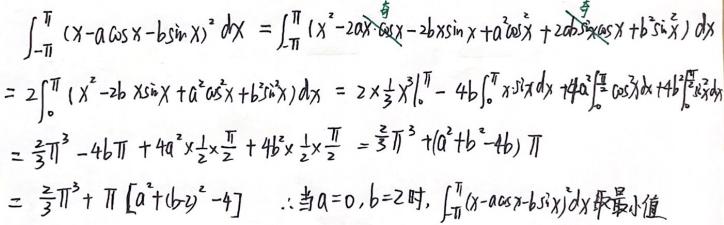
\[
\begin{align*}
&\int_{-\pi}^{\pi}(x - a\cos x - b\sin x)^2dx=\int_{-\pi}^{\pi}(x^2 - 2ax\cos x - 2bx\sin x + a^2\cos^2x + 2ab\cos x\sin x + b^2\sin^2x)dx\\
=&2\int_{0}^{\pi}(x^2 - 2bx\sin x + a^2\cos^2x + b^2\sin^2x)dx=2\times\frac{1}{3}x^3\big|_{0}^{\pi}-4b\int_{0}^{\pi}x\sin xdx + 4a^2\int_{0}^{\frac{\pi}{2}}\cos^2xdx + 4b^2\int_{0}^{\frac{\pi}{2}}\sin^2xdx\\
=&\frac{2}{3}\pi^3-4b\pi + 4a^2\times\frac{1}{2}\times\frac{\pi}{2}+4b^2\times\frac{1}{2}\times\frac{\pi}{2}=\frac{2}{3}\pi^3+(a^2 + b^2 - 4b)\pi\\
=&\frac{2}{3}\pi^3+\pi\left[a^2+(b - 2)^2-4\right]\\
\end{align*}
\]
\(\therefore\)当\(a = 0,b = 2\)时，\(\int_{-\pi}^{\pi}(x - a\cos x - b\sin x)^2dx\)取最小值